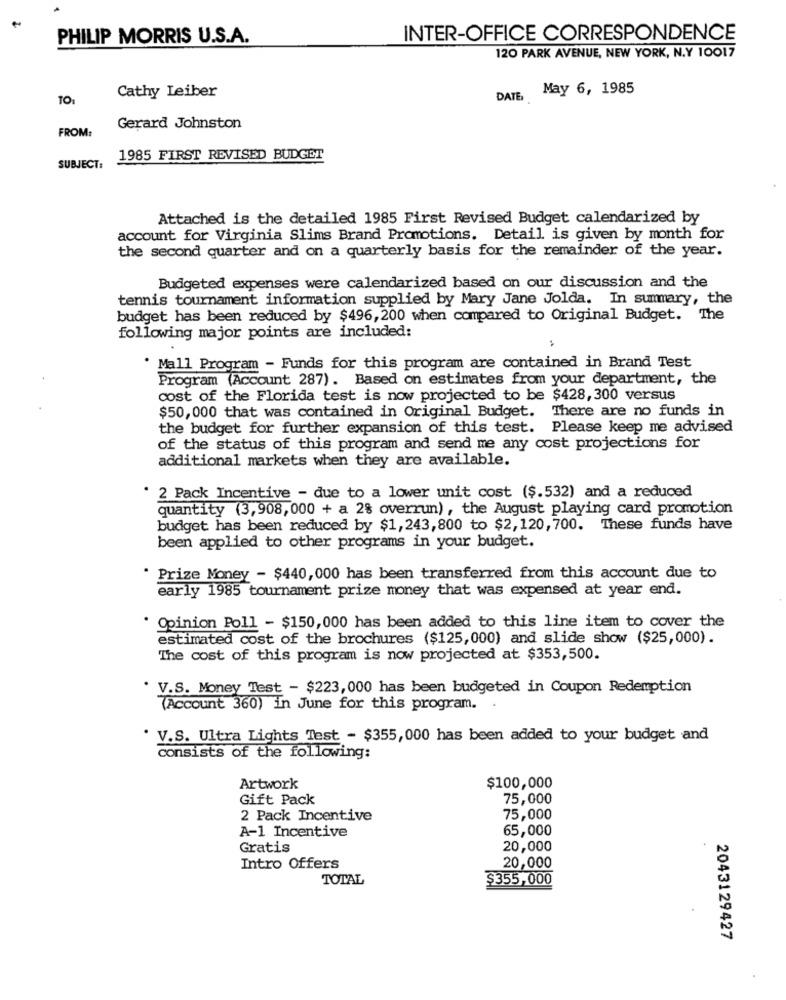
PHILIP MORRIS U.S.A.
INTER-OFFICE CORRESPONDENCE
120 PARK AVENUE, NEW YORK, N.Y 10017
Cathy Leiber
May 6, 1985
TO:
DATE
FROM:
Gerard Johnston
1985 FIRST REVISED BUDGET
SUBJECT:
Attached is the detailed 1985 First Revised Budget calendarized by
account for Virginia Slims Brand Promotions. Detail is given by month for
the second quarter and on a quarterly basis for the remainder of the year.
Budgeted expenses were calendarized based on our discussion and the
tennis tournament information supplied by Mary Jane Jolda. In summary, the
budget has been reduced by $496, 200 when compared to Original Budget. The
following major points are included:
· Mall Program - Funds for this program are contained in Brand Test
Program (Account 287). Based on estimates from your department, the
cost of the Florida test is now projected to be $428, 300 versus
$50,000 that was contained in Original Budget. There are no funds in
the budget for further expansion of this test. Please keep me advised
of the status of this program and send me any cost projections for
additional markets when they are available.
2 Pack Incentive - due to a lower unit cost ($.532) and a reduced
quantity (3,908, 000 + a 2% overrun), the August playing card promotion
budget has been reduced by $1, 243,800 to $2,120, 700. These funds have
been applied to other programs in your budget.
Prize Money - $440, 000 has been transferred from this account due to
early 1985 tournament prize money that was expensed at year end.
Opinion Poll - $150,000 has been added to this line item to cover the
estimated cost of the brochures ($125, 000) and slide show ($25,000).
The cost of this program is now projected at $353,500.
V.S. Money Test - $223,000 has been budgeted in Coupon Redemption
(Account 360) In June for this program.
V.S. Ultra Lights Test - $355, 000 has been added to your budget and
consists of the following:
$100,000
Artwork
Gift Pack
75,000
2 Pack Incentive
75,000
A-1 Incentive
65,000
Gratis
20,000
Intro Offers
20,000
TOTAL
$355,000
2043129427